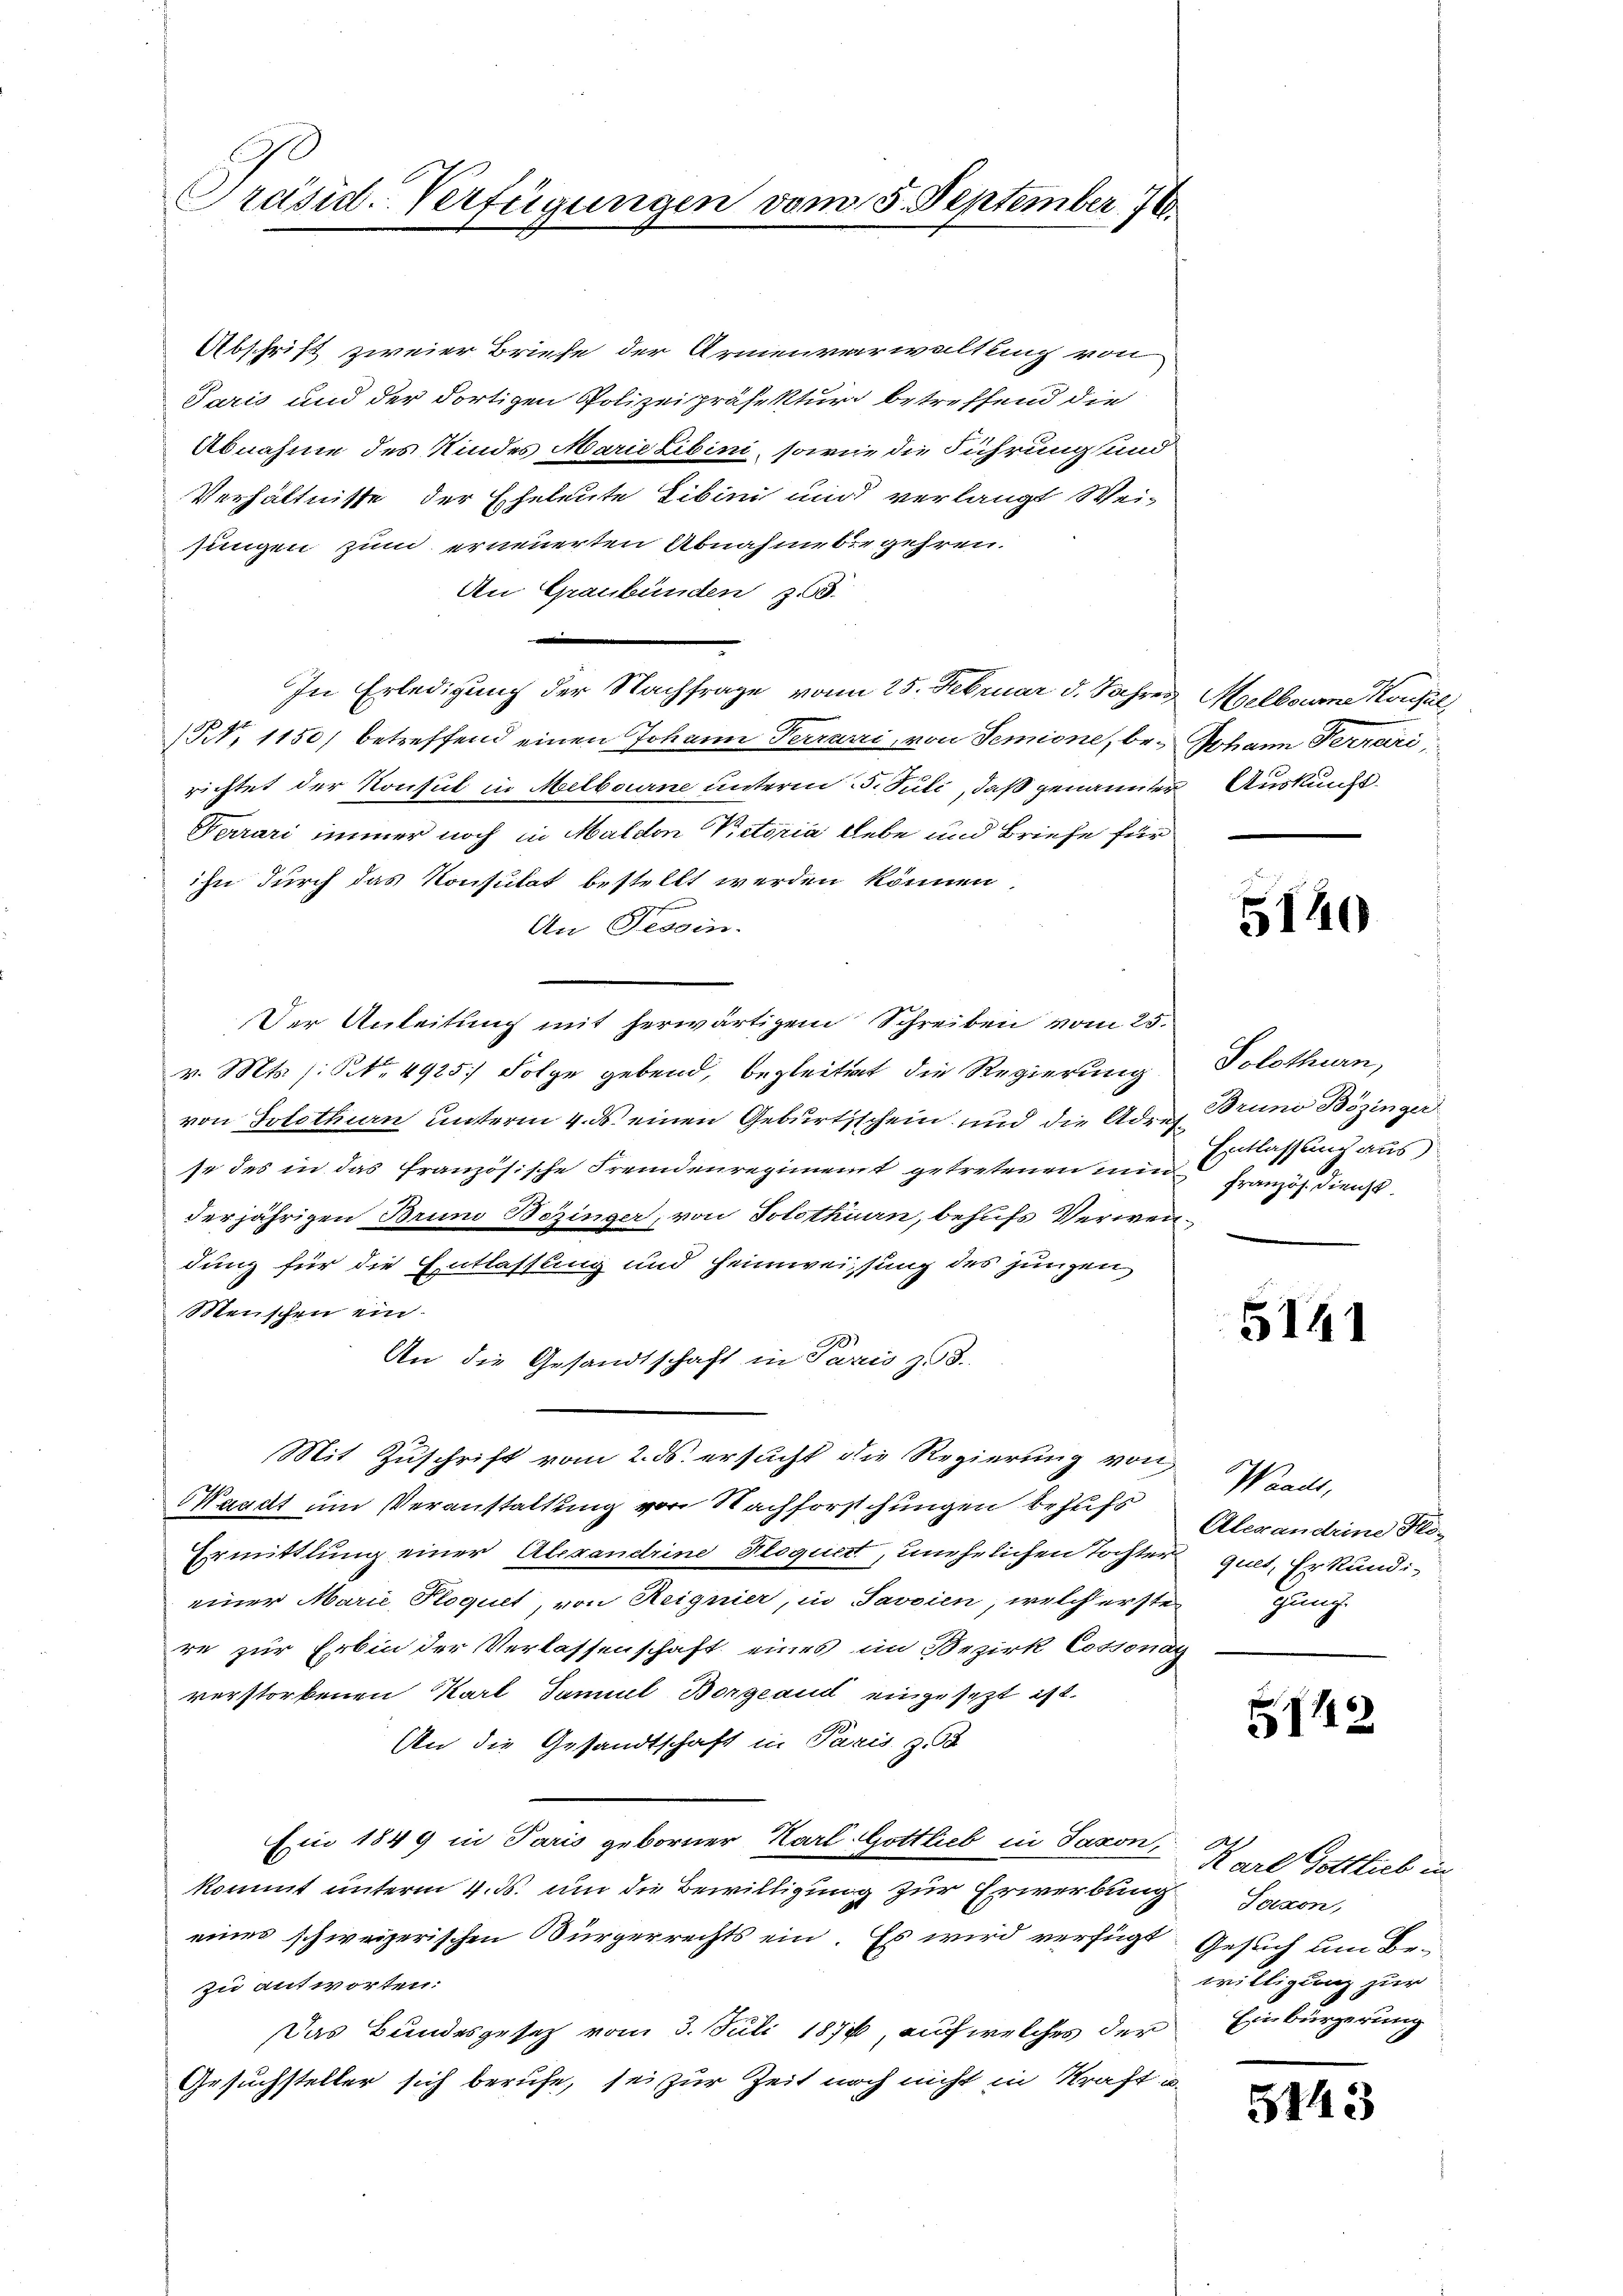
Präsid-Verfügungen vom 5. September 176.

Abschrift zweier Briefe der Armenverweltling von
Paris und der dortigen Polizeipräsektur betreffend die
Abnahme des Kindes Marie Libini, sowie die Führung und
Verhältnisse der Eheleute Libini und verlangt Weisungen zum erneuerten Abnahme begehren.
An Graubünden zu
In Erledigung der Nachfrage vom 25. Februar d. Jahres Melboure Konsul
N. 1150) betreffend einen Johann Terrarii, von Semione, be- Johann Ferrari,
richtet der Konsul in Melbourne unterm 25. Juli, daß genannter Auskunft
Nerari immer noch in Malden Victoria Lebe und Briefe für
ihn durch das Konsulat bestellt werden können
An Tessin.
Der Anleitung mit herwärtigem Schreiben vom 25.
v. Mts. s. No. 4915. Folge gebend, begleitigt die Regierung
von Solothurn unterm 4. ds. einen Geburtsschein und die Adres Bruno Bözinger
se des in das französische Fremdenregiment getretenen minde Französ. Dienst
derjährigen Bruno Bezinger, von Solothurn, behufs Verwendung für die Entlassung und Heimweissung des jungen
Menschen ein-
An die Gesandtschaft in Paris zu 8.
Mit Zuschrift vom 2. ds. ersucht die Regierung von
Waadt um Veranstaltung von Nachforschungen behufs
Ermittlung einer Aberandrine Ploquett, unehelichen Tochter
einer Marie Ploquet, von Reignier, in Javoien, welch erste
re zur Erbin der Verlassenschaft eines im Bezirk Cossonay
verstorbenen Karl Samuel Borgeaud eingesezt ist.
An die Gesandtschaft in Paris zu
Ein 1849 in Paris geborner Karl Gottlieb in Jaxon,
kommt unterm 4. ds. um die Bewilligung zur Erwerbung Saxon,
eines schweizerischen Bürgerrechts ein. Es wird verfügt
zu antworten.
Das Bundesgesetz vom 3. Juli 1876, auf welches der
Gesuchsteller sich berufe, sei zur Zeit noch nicht in Kraft u.

5140

Solothurn,
Entlassung aus

5141

Waadt,
Alexandeine Klo-
quet, Erkundi-
gung

12

2
Karl Gottlieb in
Gesuch um Be-
willigung zur
Einbürgerung

5443